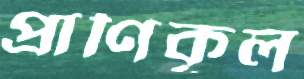
প্রাণিকূল